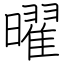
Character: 曜